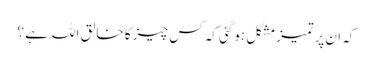
کہ ان پر تمیز مشکل ہوگئی کہ کس چیز کا خالق اللہ ہے ؟